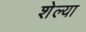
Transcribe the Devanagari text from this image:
शेल्या